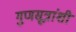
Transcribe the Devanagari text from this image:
गुणसूत्रांशी